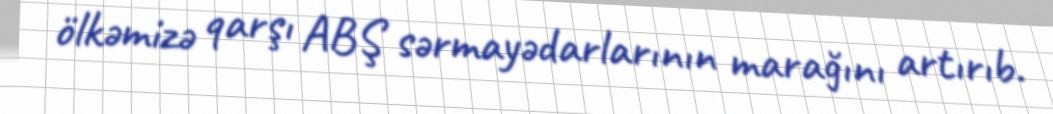
ölkəmizə qarşı ABŞ sərmayədarlarının marağını artırıb.